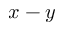
x - y